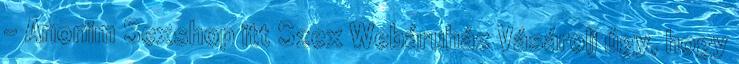
– Anonim Sexshop itt Szex Webáruház Vásárolj úgy, hogy